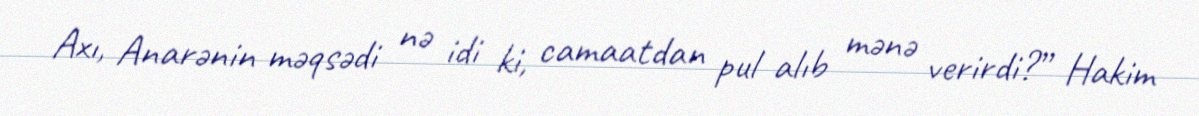
Axı, Anarənin məqsədi nə idi ki, camaatdan pul alıb mənə verirdi?” Hakim